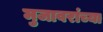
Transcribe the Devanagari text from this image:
मुजावरांच्या